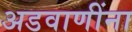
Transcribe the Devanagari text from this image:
अडवाणींना